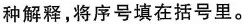
种解释，将序号填在括号里。